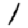
Digit: 1